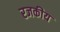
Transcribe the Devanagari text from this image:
रजकीय